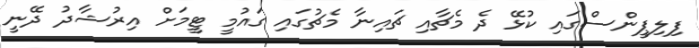
ފިލިޕީންސްގައި ކުޅޭ ދެ މެޗާއި ޗައިނާ މެޗުގައި ގައުމީ ޓީމަށް އިރުޝާދު ދޭނީ